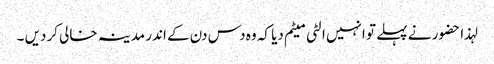
لہذا حضور نے پہلے تو انہیں الٹی میٹم دیا کہ وہ دس دن کے اندر مدینہ خالی کردیں ۔